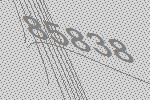
85838